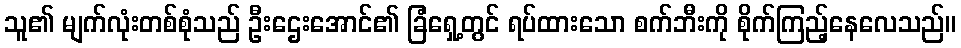
သူ၏ မျက်လုံးတစ်စုံသည် ဦးဌေးအောင်၏ ခြံရှေ့တွင် ရပ်ထားသော စက်ဘီးကို စိုက်ကြည့်နေလေသည်။